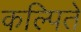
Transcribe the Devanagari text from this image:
कल्पिते